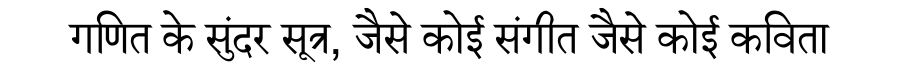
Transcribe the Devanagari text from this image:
गणित के सुंदर सूत्र, जैसे कोई संगीत जैसे कोई कविता